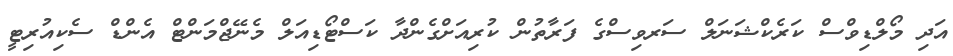
އަދި މޯލްޑިވްސް ކަރެކްޝަނަލް ސަރވިސްގެ ފަރާތުން ކުރިއަށްގެންދާ ކަސްޓޯޑިއަލް މެނޭޖްމަންޓް އެންޑް ސެކިއުރިޓީ